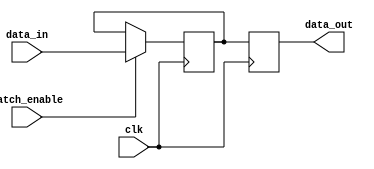
module sequential_logic(
    input wire data_in,
    input wire latch_enable,
    input wire clk,
    output reg data_out
);

reg latch_output;
reg flip_flop_output;

always @(posedge clk) begin
    if (latch_enable) begin
        latch_output <= data_in;
    end
    flip_flop_output <= latch_output;
end

assign data_out = flip_flop_output;

endmodule